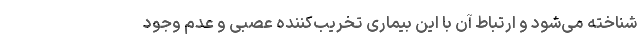
شناخته می‌شود و ارتباط آن با این بیماری تخریب‌کننده عصبی و عدم وجود